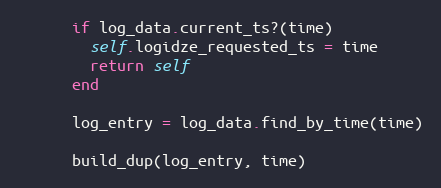
Language: Ruby
      if log_data.current_ts?(time)
        self.logidze_requested_ts = time
        return self
      end

      log_entry = log_data.find_by_time(time)

      build_dup(log_entry, time)